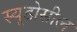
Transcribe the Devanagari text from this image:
स्यूडोसील